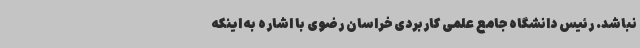
نباشد. رئیس دانشگاه جامع علمی کاربردی خراسان رضوی با اشاره به اینکه